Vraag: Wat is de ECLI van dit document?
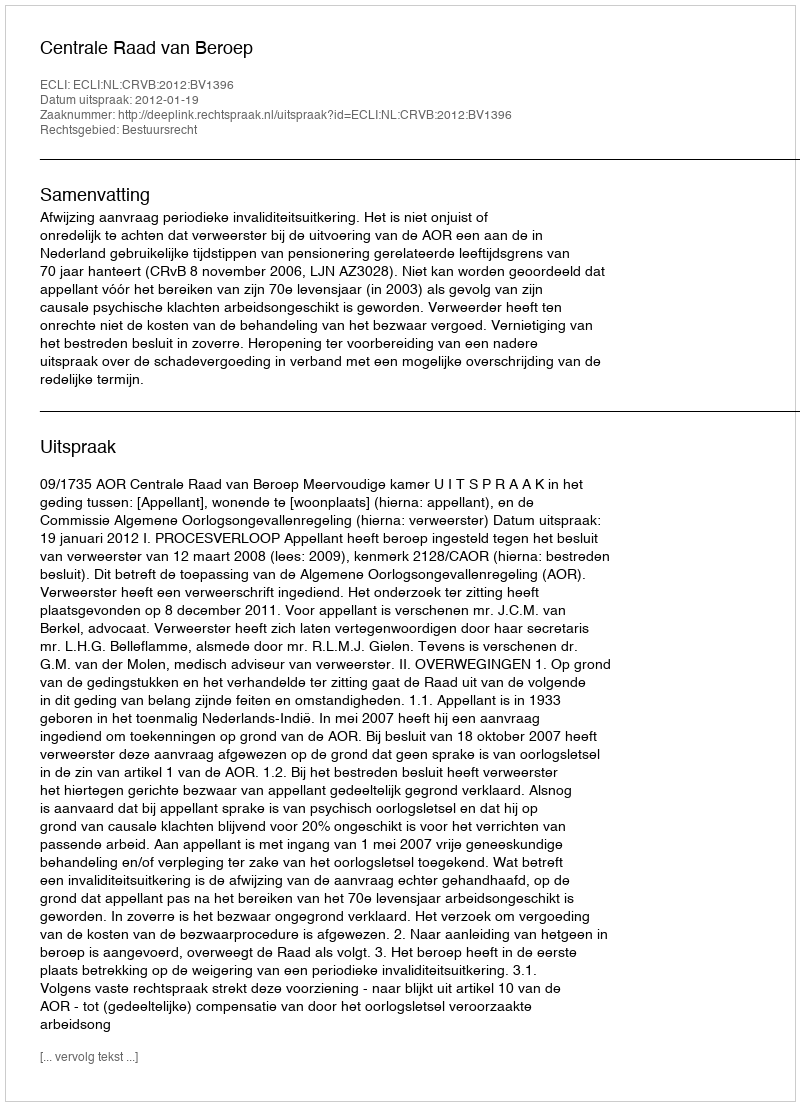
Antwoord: ECLI:NL:CRVB:2012:BV1396